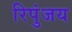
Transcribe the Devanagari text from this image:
रिपुंजय